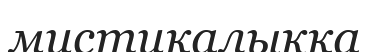
мистикалықка